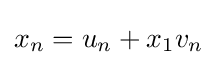
x_{n}=u_{n}+x_{1}v_{n}